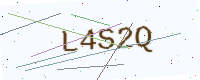
Text: L4S2Q